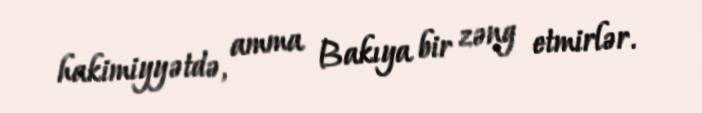
hakimiyyətdə, amma Bakıya bir zəng etmirlər.